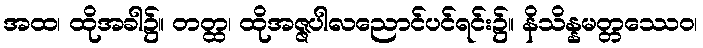
အထ၊ ထိုအခါ၌။ တတ္ထ၊ ထိုအဇ္ဇပါလညောင်ပင်ရင်း၌။ နိသိန္နမတ္တဿေဝ၊